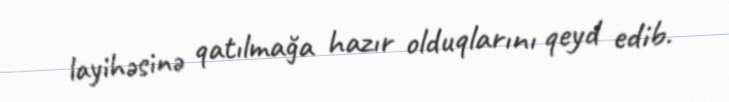
layihəsinə qatılmağa hazır olduqlarını qeyd edib.